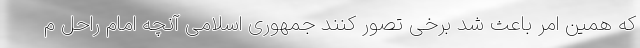
که همین امر باعث شد برخی تصور کنند جمهوری اسلامی آنچه امام راحل م